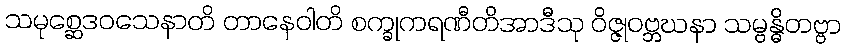
သမုစ္ဆေဒဝသေနာတိ တာနေဝါတိ စက္ခုကရဏီတိအာဒီသု ဝိဇ္ဇုဝဗ္ဘဃနာ သမ္ဗန္ဓိတဗ္ဗာ